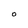
Character: O